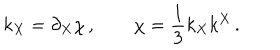
LaTeX: k _ { X } = \partial _ { X } \chi \, , \qquad \chi = \frac 1 3 k _ { X } k ^ { X } \, .